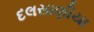
દલસાણીયા